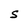
Character: S